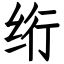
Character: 绗